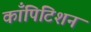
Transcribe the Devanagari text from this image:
काँपिटिशन